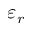
\varepsilon _ { r }